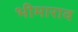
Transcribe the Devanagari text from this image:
भीमाराव